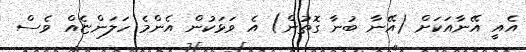
އެއީ އޭނާއަކަށް (އޭނާ ބުނާ ގޮތުން) އެ ވަޅަކުން އެންމެ ހަލަންޏެއް ވެސް